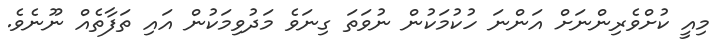
މިއީ ކުށްވެރިންނަށް އަންނަ ހުކުމަކުން ނުވަތަ ގިނަވެ މަދުވިމަކުން އައި ތަފާތެއް ނޫނެވެ.